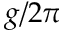
g / 2 \pi